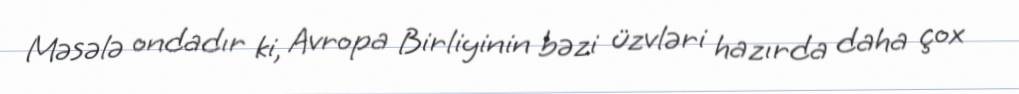
Məsələ ondadır ki, Avropa Birliyinin bəzi üzvləri hazırda daha çox